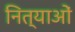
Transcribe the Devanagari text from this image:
नित्याओं